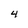
Character: 4